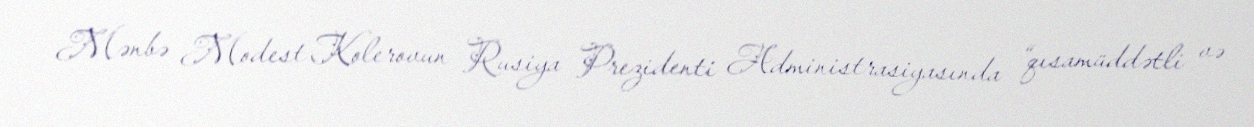
Mənbə Modest Kolerovun Rusiya Prezidenti Administrasiyasında “qısamüddətli və